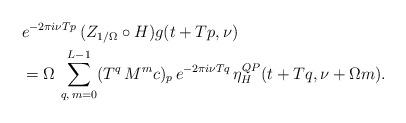
LaTeX: \begin{align*}& e^{-2\pi i\nu T p}\,(Z_{1/\Omega}\circ H)g(t + T p,\nu) \\& = \Omega\,\sum_{q,\,m=0}^{L-1} (T^q\,M^m c)_p\, e^{-2\pi i\nu T q}\,\eta^{QP}_H(t + T q,\nu + \Omega m). \end{align*}